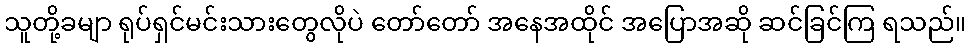
သူတို့ခမျာ ရုပ်ရှင်မင်းသားတွေလိုပဲ တော်တော် အနေအထိုင် အပြောအဆို ဆင်ခြင်ကြ ရသည်။